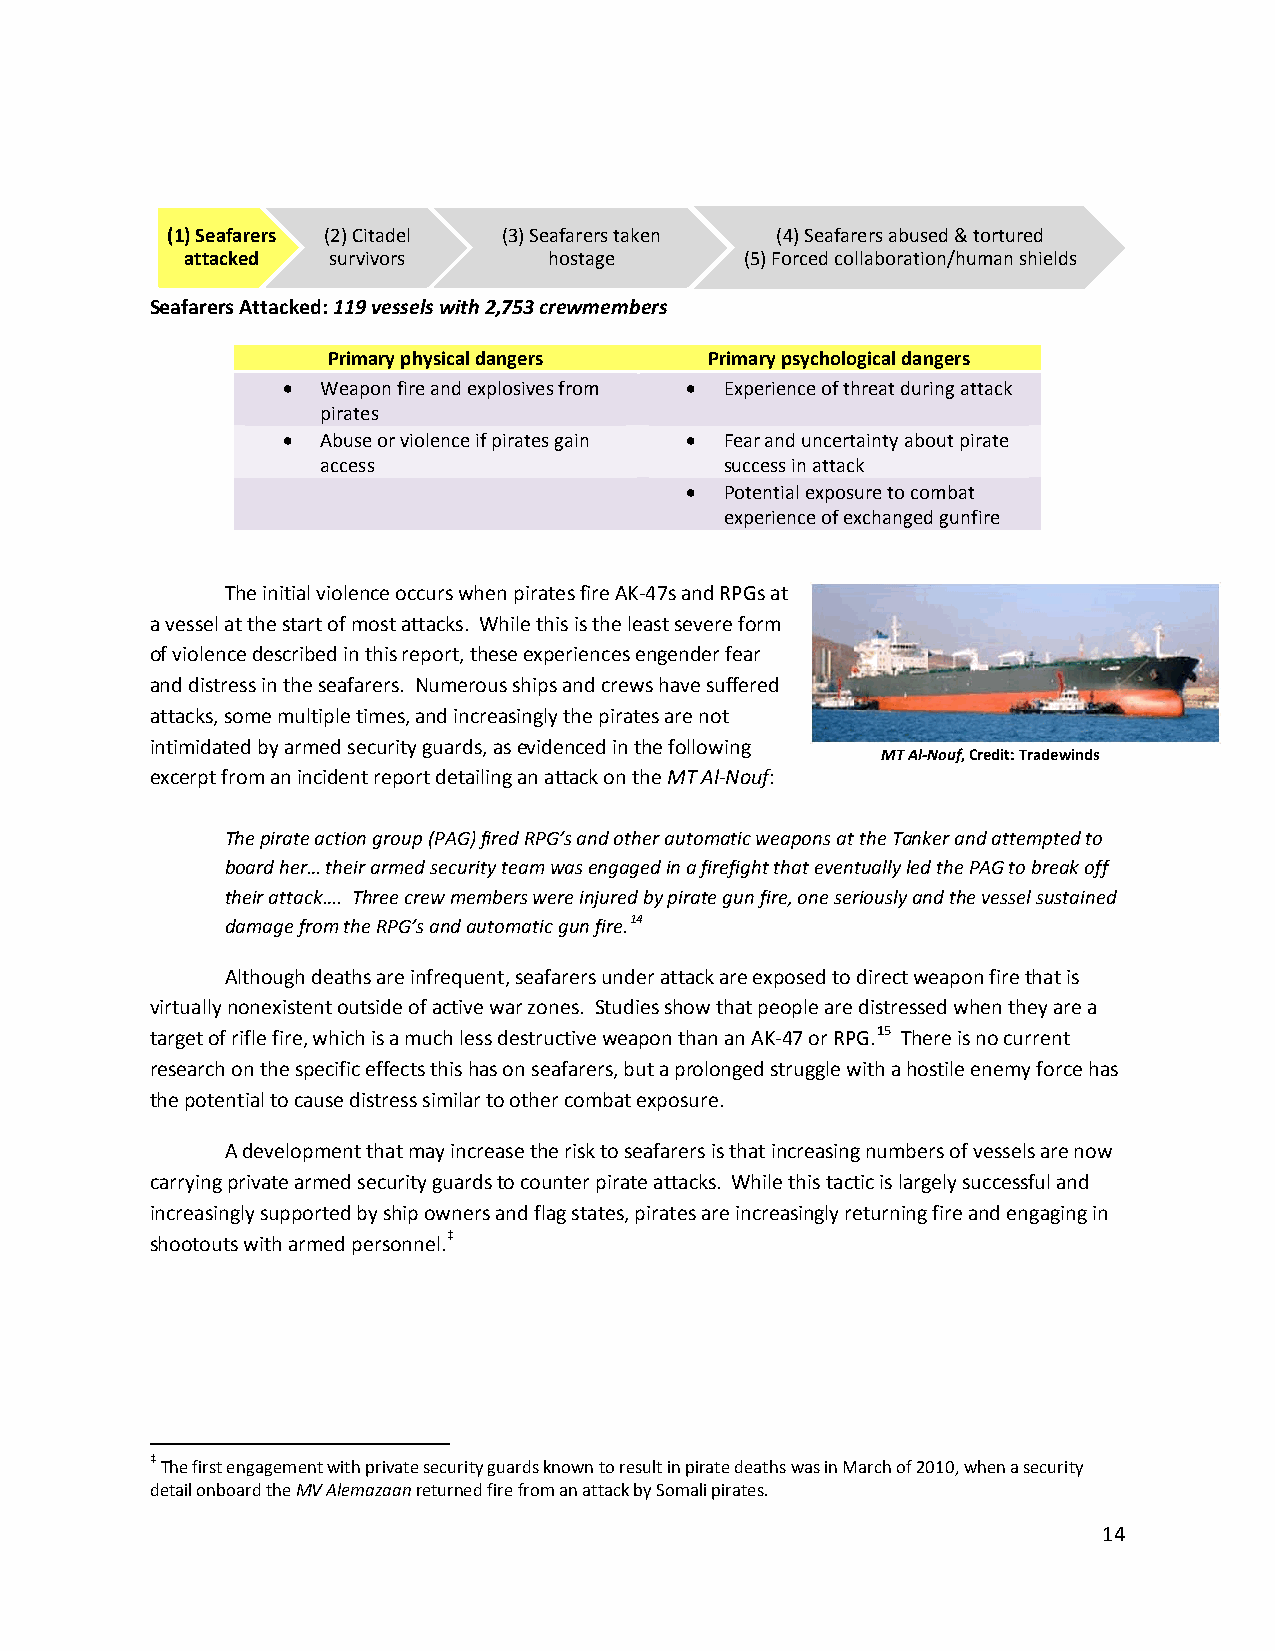
(1) Seafarers (2) Citadel (3) Seafarers taken (4) Seafarers abused & tortured
 attacked  survivors     hostage      (5) Forced collaboration/human shields
 Seafarers Attacked: 119 vessels with 2,753 crewmembers
 Primary physical dangers Primary psychological dangers
 • Weapon fire and explosives from • Experience of threat during attack
 pirates
 • Abuse or violence if pirates gain • Fear and uncertainty about pirate
 access                     success in attack
 •  Potential exposure to combat
 experience of exchanged gunfire
 The initial violence occurs when pirates fire AK-47s and RPGs at
 a vessel at the start of most attacks. While this is the least severe form
 of violence described in this report, these experiences engender fear
 and distress in the seafarers. Numerous ships and crews have suffered
 attacks, some multiple times, and increasingly the pirates are not
 intimidated by armed security guards, as evidenced in the following
 MT Al-Nouf, Credit: Tradewinds
 excerpt from an incident report detailing an attack on the MT Al-Nouf:
 The pirate action group (PAG) fired RPG’s and other automatic weapons at the Tanker and attempted to
 board her… their armed security team was engaged in a firefight that eventually led the PAG to break off
 their attack…. Three crew members were injured by pirate gun fire, one seriously and the vessel sustained
 damage from the RPG’s and automatic gun fire.14
 Although deaths are infrequent, seafarers under attack are exposed to direct weapon fire that is
 virtually nonexistent outside of active war zones. Studies show that people are distressed when they are a
 target of rifle fire, which is a much less destructive weapon than an AK-47 or RPG.15 There is no current
 research on the specific effects this has on seafarers, but a prolonged struggle with a hostile enemy force has
 the potential to cause distress similar to other combat exposure.
 A development that may increase the risk to seafarers is that increasing numbers of vessels are now
 carrying private armed security guards to counter pirate attacks. While this tactic is largely successful and
 increasingly supported by ship owners and flag states, pirates are increasingly returning fire and engaging in
 shootouts with armed personnel.‡
 ‡ The first engagement with private security guards known to result in pirate deaths was in March of 2010, when a security
 detail onboard the MV Alemazaan returned fire from an attack by Somali pirates.
 14